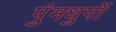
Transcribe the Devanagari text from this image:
पुंमधुपों